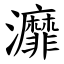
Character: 灖